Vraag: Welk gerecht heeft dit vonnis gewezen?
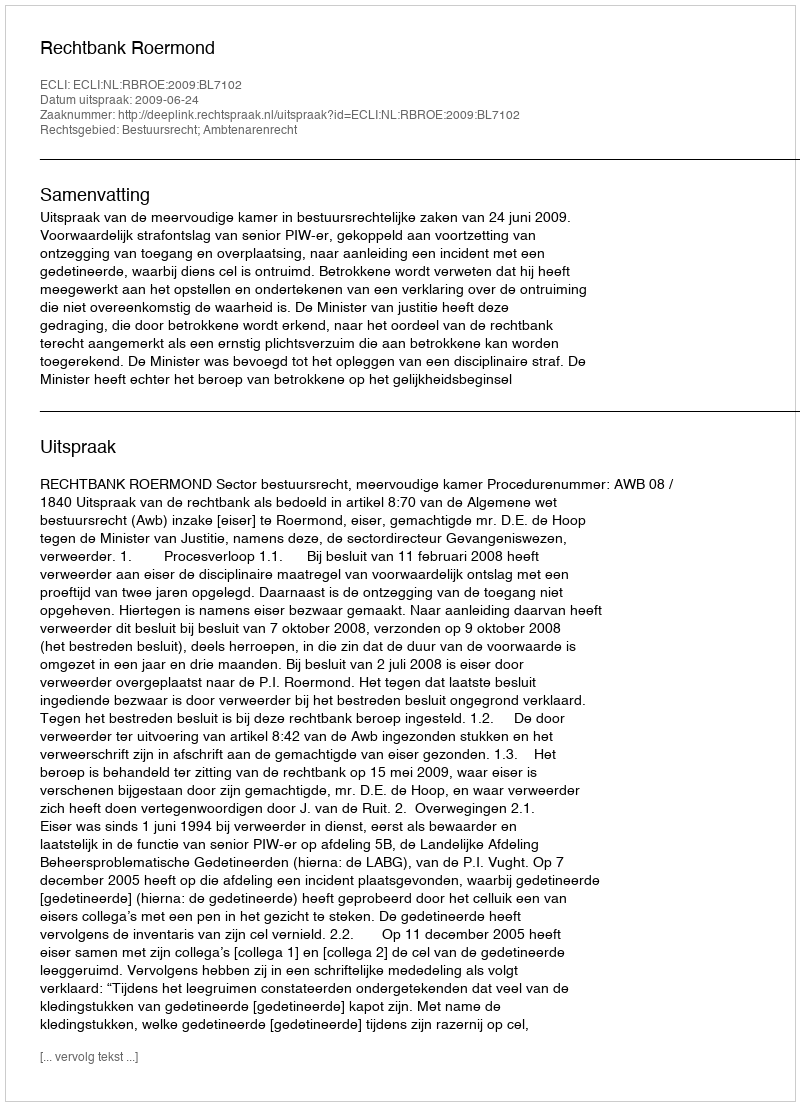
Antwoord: Rechtbank Roermond